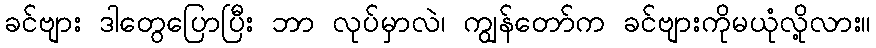
ခင်ဗျား ဒါတွေပြောပြီး ဘာ လုပ်မှာလဲ၊ ကျွန်တော်က ခင်ဗျားကိုမယုံလို့လား။